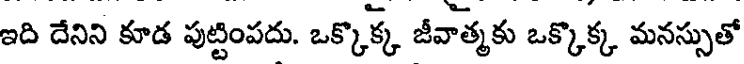
ఇది దేనిని కూడ పుట్టింపదు. ఒక్కొక్క జీవాత్మకు ఒక్కొక్క మనస్సుతో